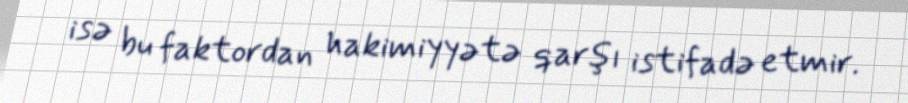
isə bu faktordan hakimiyyətə qarşı istifadə etmir.